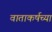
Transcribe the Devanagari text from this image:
वाताकर्षच्या